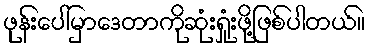
ဖုန်းပေါ်မှာဒေတာကိုဆုံးရှုံးဖို့ဖြစ်ပါတယ်။